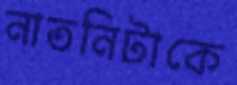
নাতনিটাকে